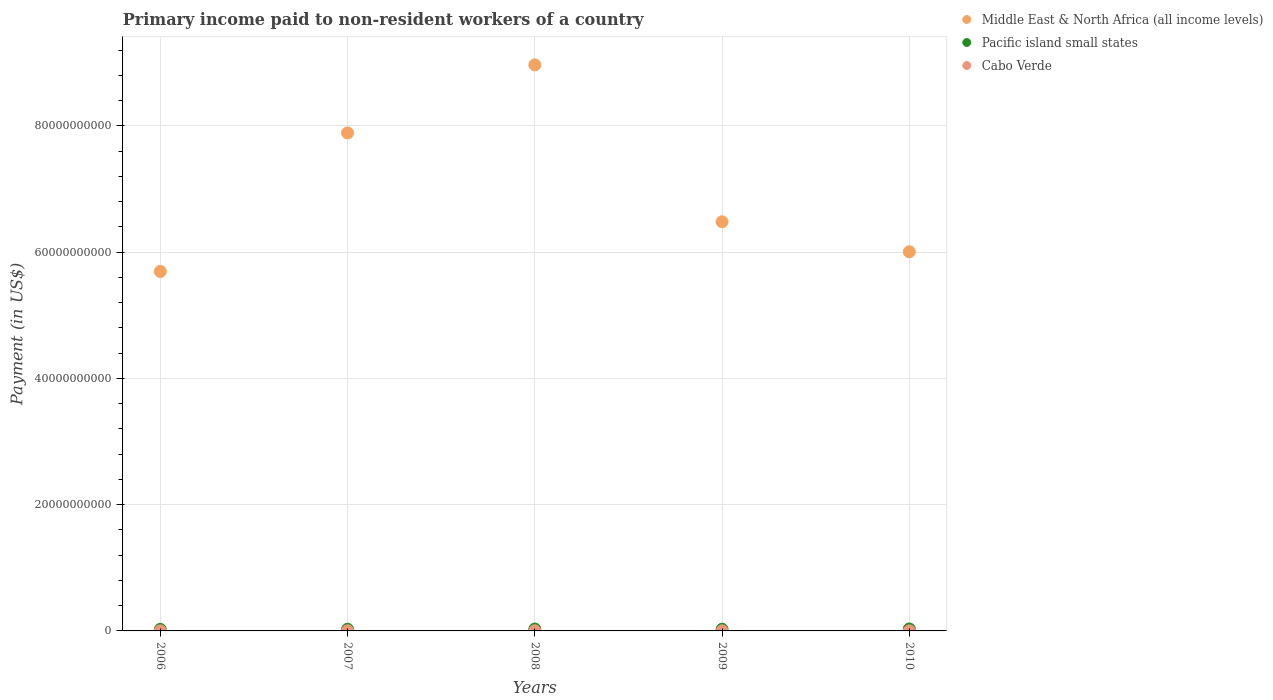
| Years | Middle East & North Africa (all income levels) | Pacific island small states | Cabo Verde |
 | --- | --- | --- | --- |
 | 2006 | 5.69e+10 | 2.41e+08 | 1.91e+07 |
 | 2007 | 7.89e+10 | 2.68e+08 | 2.67e+07 |
 | 2008 | 8.97e+10 | 3e+08 | 2.77e+07 |
 | 2009 | 6.48e+10 | 2.72e+08 | 2.29e+07 |
 | 2010 | 6.01e+10 | 3.14e+08 | 1.39e+07 |